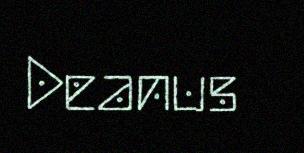
Deanus